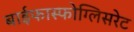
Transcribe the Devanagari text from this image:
बाईफास्फोग्लिसरेट